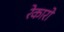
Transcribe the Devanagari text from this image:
रेकारो